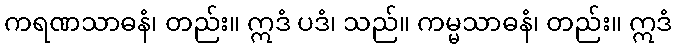
ကရဏသာဓနံ၊ တည်း။ ဣဒံ ပဒံ၊ သည်။ ကမ္မသာဓနံ၊ တည်း။ ဣဒံ